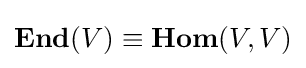
\mathbf {End} (V)\equiv \mathbf {Hom} (V,V)